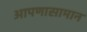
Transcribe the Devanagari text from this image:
आपणासामान